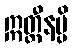
ဣတ္ထီနမ္ပိ